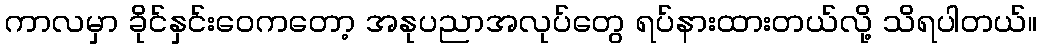
ကာလမှာ ခိုင်နှင်းဝေကတော့ အနုပညာအလုပ်တွေ ရပ်နားထားတယ်လို့ သိရပါတယ်။